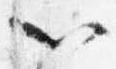
以